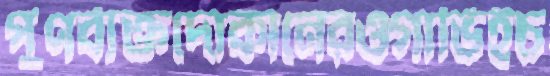
পুণর্ব্যক্তদোকানেরওগাভিইচ